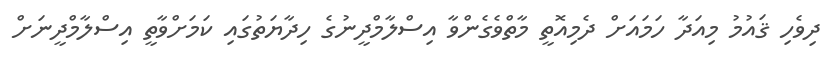
ދިވެހި ޤައުމު މިއަދާ ހަމައަށް ދެމިއޮތީ މާތްވެގެންވާ އިސްލާމްދީނުގެ ހިދާޔަތުގައި ކަމަށްވާތީ އިސްލާމްދީނަށް